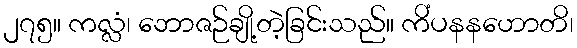
၂၇၅။ ကလ္လံ၊ ဘောဇဉ်ချို့တဲ့ခြင်းသည်။ ကိံပနနဟောတိ၊